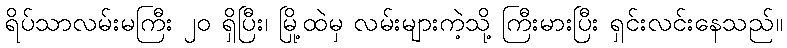
ရိပ်သာလမ်းမကြီး ၂၀ ရှိပြီး၊ မြို့ထဲမှ လမ်းများကဲ့သို့ ကြီးမားပြီး ရှင်းလင်းနေသည်။